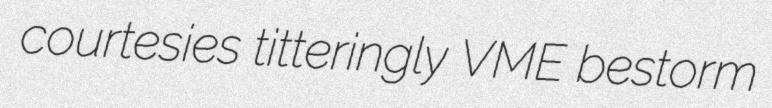
courtesies titteringly VME bestorm